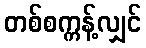
တစ်စက္ကန့်လျှင်